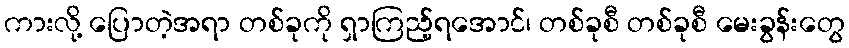
ကားလို့ ပြောတဲ့အရာ တစ်ခုကို ရှာကြည့်ရအောင်၊ တစ်ခုစီ တစ်ခုစီ မေးခွန်းတွေ